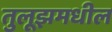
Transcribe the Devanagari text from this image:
तुलूझमधील